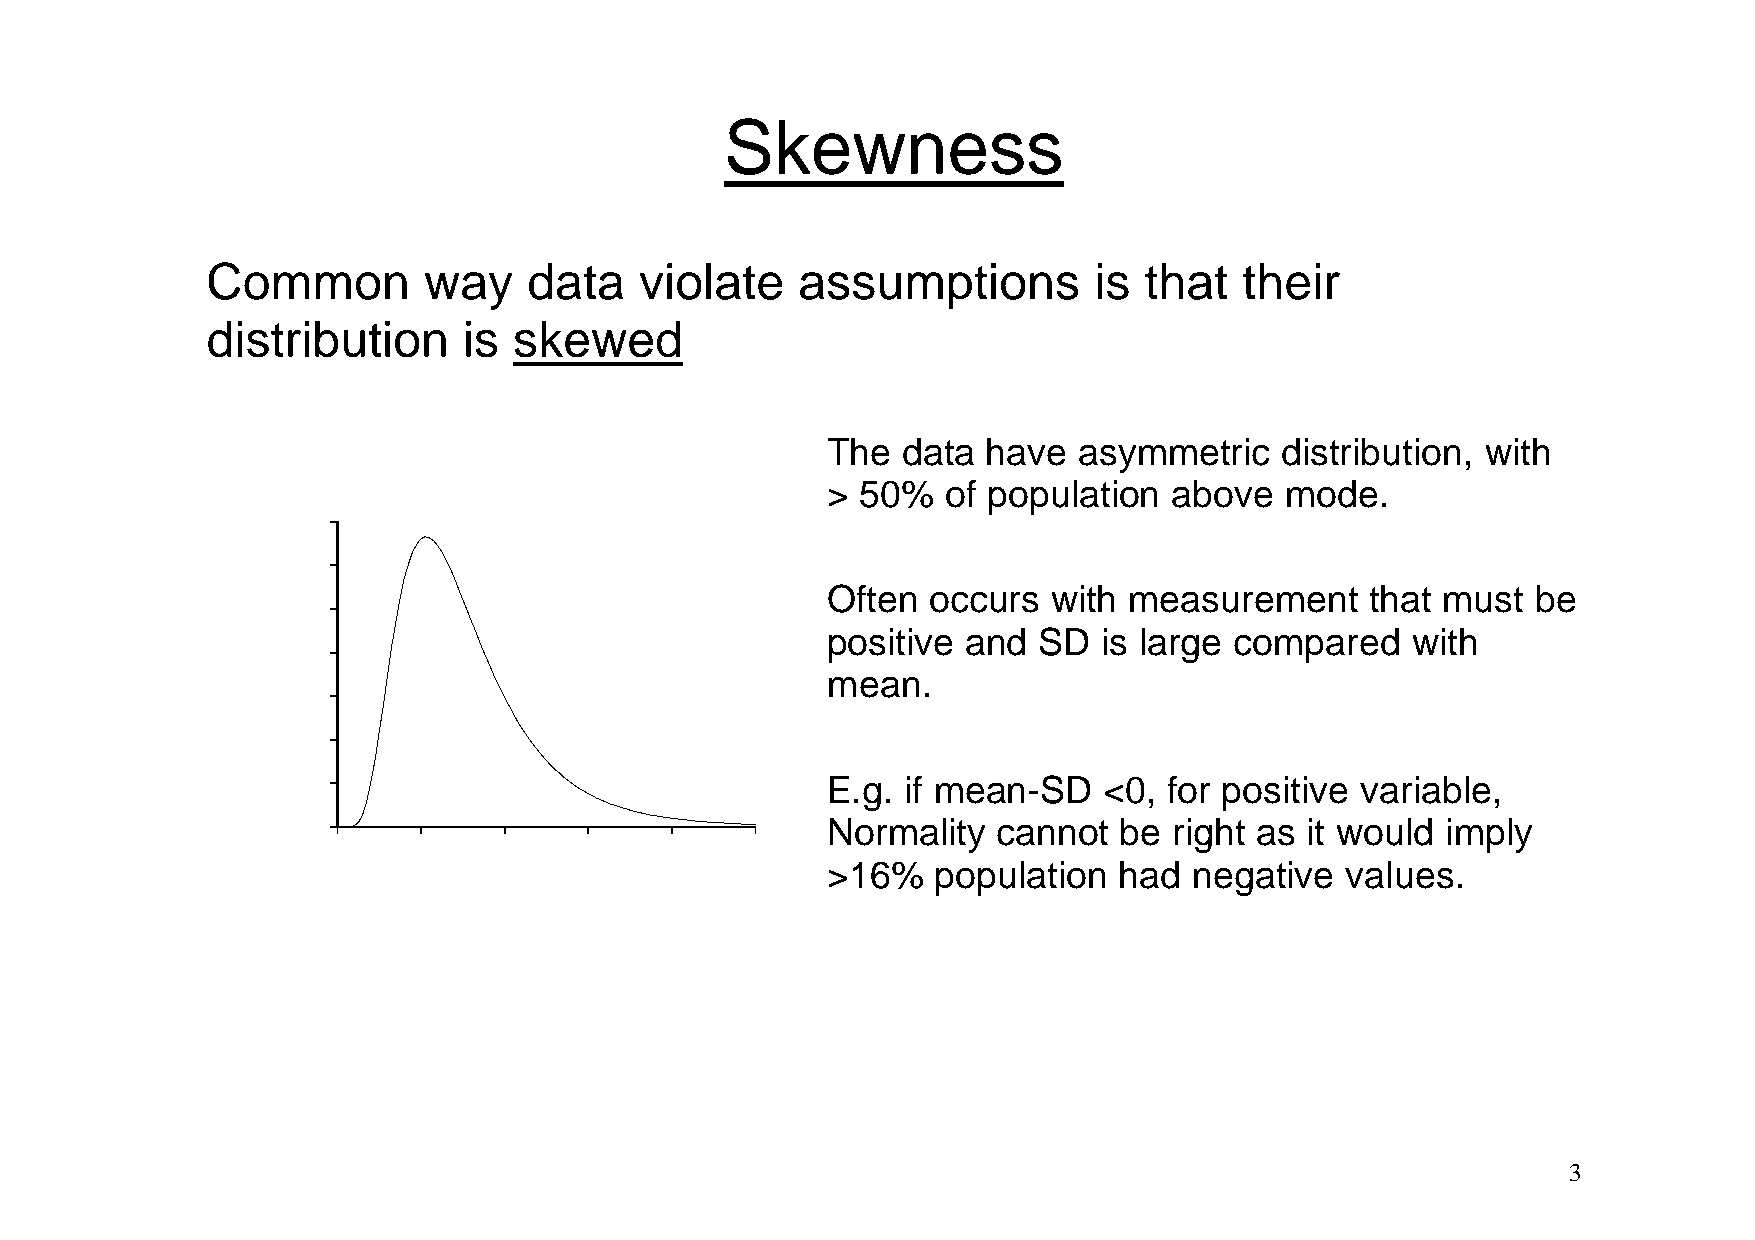
Skewness
 Common        way    data   violate    assumptions        is  that  their
 distribution     is skewed
 The  data have  asymmetric    distribution, with
 > 50%   of population  above  mode.
 0.35
 0.30
 Often  occurs  with measurement     that must  be
 0.25
 positive and  SD  is large compared   with
 0.20
 mean.
 0.15
 0.10
 E.g. if mean-SD   <0, for positive variable,
 0.05
 Normality  cannot  be  right as it would imply
 0.00
 0     2    4     6    8     10
 >16%   population  had  negative  values.
 3